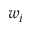
w _ { i }